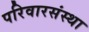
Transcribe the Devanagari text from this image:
परिवारसंस्था